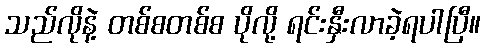
သည်လိုနဲ့ တစ်စတစ်စ ပိုလို့ ရင်းနှီးလာခဲ့ရပါပြီ။